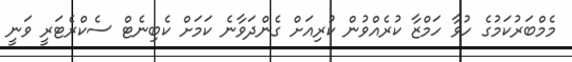
މެމްބަރުކަމުގެ ހުވާ ހަމްޒާ ކުރެއްވުން ކުރިއަށް ގެންދަވާނެ ކަމަށް ކެބިނެޓް ސެކްރެޓަރީ ވަނީ